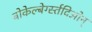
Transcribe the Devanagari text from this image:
बोकेल्बेर्ग्स्तदिओन्